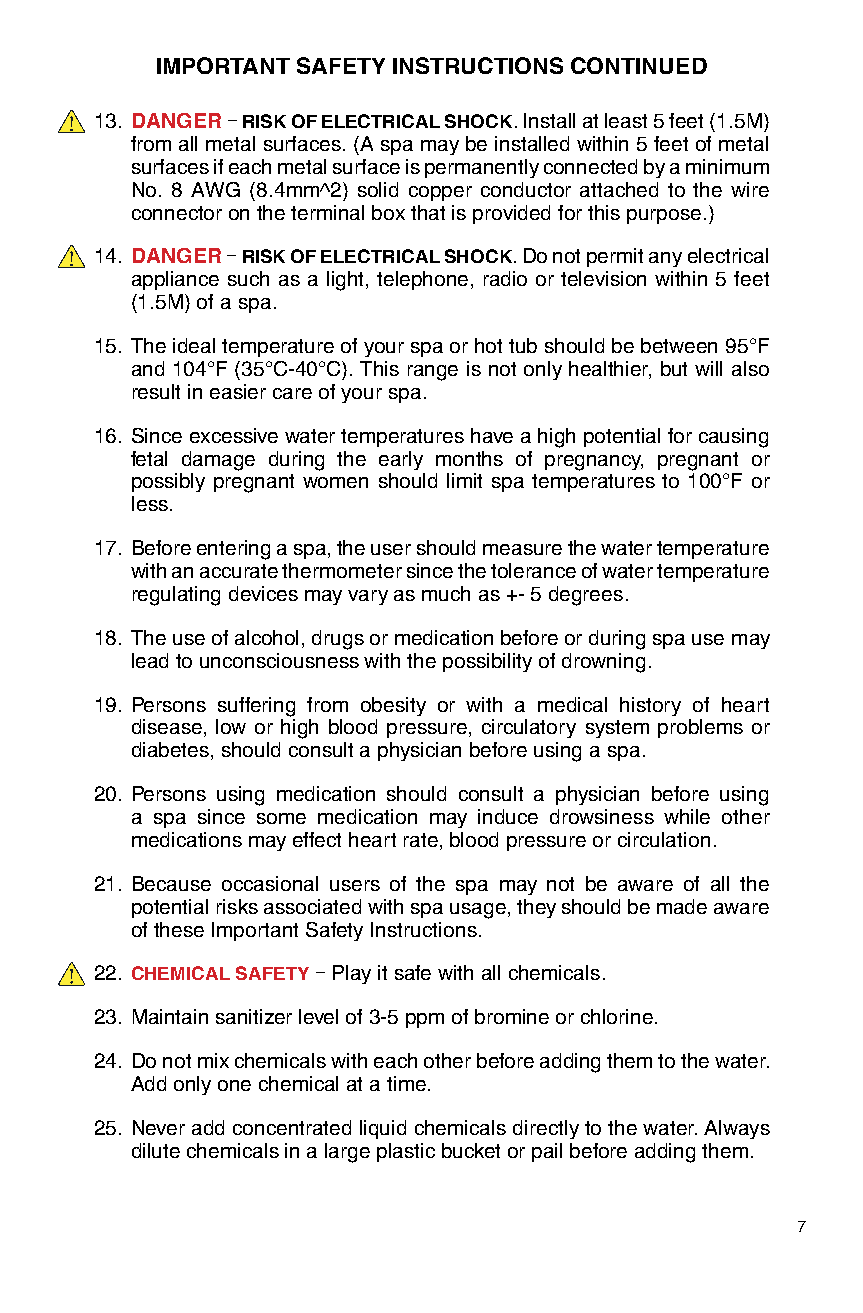
IMPORTANT SAFETY INSTRUCTIONS CONTINUED
 13. DANGER – RISK OF ELECTRICAL SHOCK. Install at least 5 feet (1.5M)
 from all metal surfaces. (A spa may be installed within 5 feet of metal
 surfaces if each metal surface is permanently connected by a minimum
 No. 8 AWG (8.4mm^2) solid copper conductor attached to the wire
 connector on the terminal box that is provided for this purpose.)
 14. DANGER – RISK OF ELECTRICAL SHOCK. Do not permit any electrical
 appliance such as a light, telephone, radio or television within 5 feet
 (1.5M) of a spa.
 15. The ideal temperature of your spa or hot tub should be between 95°F
 and 104°F (35°C-40°C). This range is not only healthier, but will also
 result in easier care of your spa.
 16. Since excessive water temperatures have a high potential for causing
 fetal damage during the early months of pregnancy, pregnant or
 possibly pregnant women should limit spa temperatures to 100°F or
 less.
 17. Before entering a spa, the user should measure the water temperature
 with an accurate thermometer since the tolerance of water temperature
 regulating devices may vary as much as +- 5 degrees.
 18. The use of alcohol, drugs or medication before or during spa use may
 lead to unconsciousness with the possibility of drowning.
 19. Persons suffering from obesity or with a medical history of heart
 disease, low or high blood pressure, circulatory system problems or
 diabetes, should consult a physician before using a spa.
 20. Persons using medication should consult a physician before using
 a spa since some medication may induce drowsiness while other
 medications may effect heart rate, blood pressure or circulation.
 21. Because occasional users of the spa may not be aware of all the
 potential risks associated with spa usage, they should be made aware
 of these Important Safety Instructions.
 22. CHEMICAL SAFETY – Play it safe with all chemicals.
 23. Maintain sanitizer level of 3-5 ppm of bromine or chlorine.
 24. Do not mix chemicals with each other before adding them to the water.
 Add only one chemical at a time.
 25. Never add concentrated liquid chemicals directly to the water. Always
 dilute chemicals in a large plastic bucket or pail before adding them.
 7